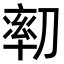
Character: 𠞻